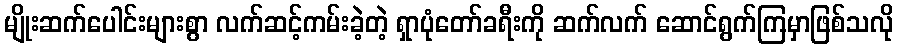
မျိုးဆက်ပေါင်းများစွာ လက်ဆင့်ကမ်းခဲ့တဲ့ ရှာပုံတော်ခရီးကို ဆက်လက် ဆောင်ရွက်ကြမှာဖြစ်သလို